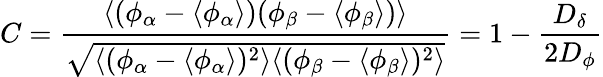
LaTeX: C=\frac{\langle(\phi_{\alpha}-\langle\phi_{\alpha}\rangle)(\phi_{\beta}-\langle\phi_{\beta}\rangle)\rangle}{\sqrt{\langle(\phi_{\alpha}-\langle\phi_{\alpha}\rangle)^{2}\rangle\langle(\phi_{\beta}-\langle\phi_{\beta}\rangle)^{2}\rangle}}=1-\frac{D_{\delta}}{2D_{\phi}}